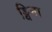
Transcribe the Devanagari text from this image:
ड्विना